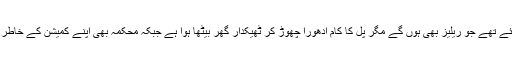
پُل کے لئے سابق صو بائی حکومت نے چار کروڑ روپے منظور کئے تھے جو ریلیز بھی ہوں گے مگر پُل کا کام ادھورا چھوڑ کر ٹھیکدار گھر بیٹھا ہوا ہے جبکہ محکمہ بھی اپنے کمیشن کے خاطر خاموش تماشائی بنی ہوئی ہے اور ٹھیکدار سے باز پرس نہیں کرتا۔